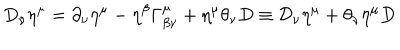
D _ { \nu } \eta ^ { \mu } = \partial _ { \nu } \eta ^ { \mu } - \eta ^ { \beta } \Gamma _ { \beta \nu } ^ { \mu } + \eta ^ { \mu } \theta _ { \nu } D \equiv \mathcal { D } _ { \nu } \eta ^ { \mu } + \theta _ { \nu } \eta ^ { \mu } D